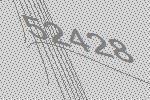
52428